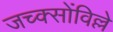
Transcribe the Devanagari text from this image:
जच्क्सोंविल्ले